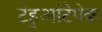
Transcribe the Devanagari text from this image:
टेहुआंटेपेक